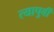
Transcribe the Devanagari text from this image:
त्यापुर्वी